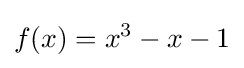
f(x)=x^{3}-x-1